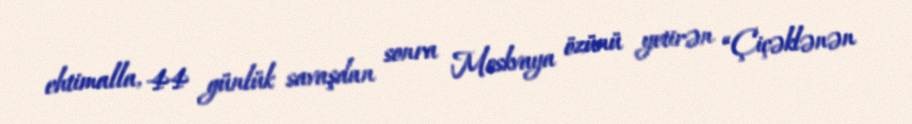
ehtimalla, 44 günlük savaşdan sonra Moskvaya özünü yetirən “Çiçəklənən